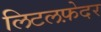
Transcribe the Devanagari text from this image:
लिटलफ़ेदर